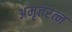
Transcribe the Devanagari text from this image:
अमृतरत्न